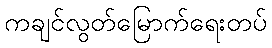
ကချင်လွတ်မြောက်ရေးတပ်